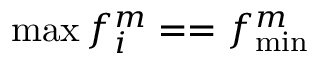
\operatorname* { m a x } { f _ { i } ^ { m } } = = f _ { \operatorname* { m i n } } ^ { m }